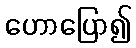
ဟောပြော၍